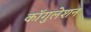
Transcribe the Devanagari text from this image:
कॉगुलेशन